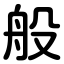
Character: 般